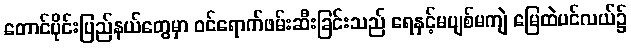
တောင်ပိုင်းပြည်နယ်တွေမှာ ဝင်ရောက်ဖမ်းဆီးခြင်းသည် ရေနှင့်မပျစ်မကျဲ မြေထဲပင်လယ်၌